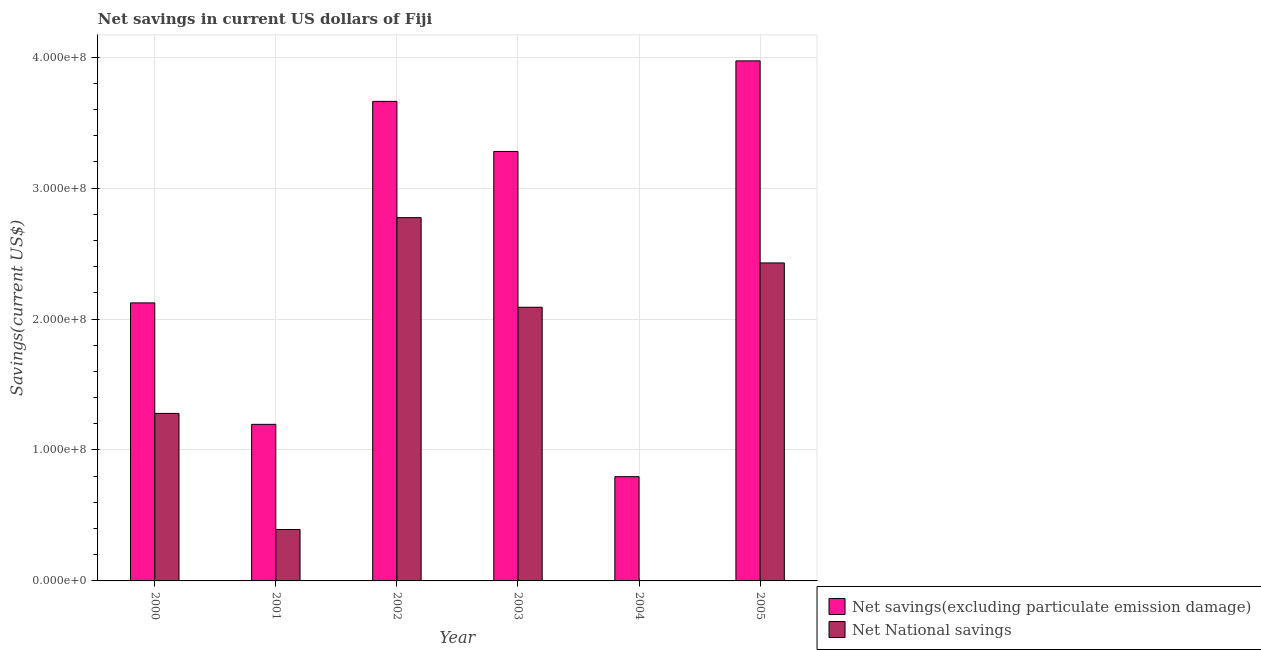
| Year | Net savings(excluding particulate emission damage) | Net National savings |
 | --- | --- | --- |
 | 2000 | 2.12e+08 | 1.28e+08 |
 | 2001 | 1.2e+08 | 3.93e+07 |
 | 2002 | 3.66e+08 | 2.77e+08 |
 | 2003 | 3.28e+08 | 2.09e+08 |
 | 2004 | 7.96e+07 | -5.96e+07 |
 | 2005 | 3.97e+08 | 2.43e+08 |